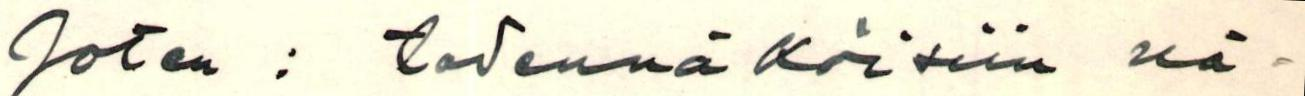
Joten : todennäköisiin nä-